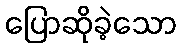
ပြောဆိုခဲ့သော